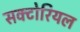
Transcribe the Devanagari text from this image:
सक्टोरियल